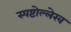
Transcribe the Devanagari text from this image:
स्पष्टोल्लेख